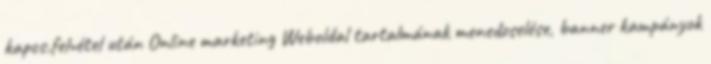
kapcs.felvétel után Online marketing Weboldal tartalmának menedzselése, banner kampányok